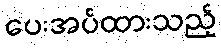
ပေးအပ်ထားသည့်